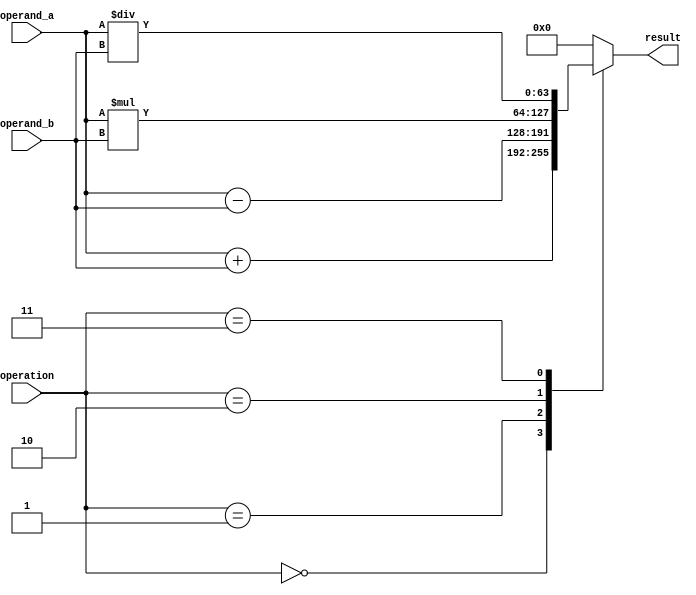
module arithmetic_block (
    input signed [63:0] operand_a,
    input signed [63:0] operand_b,
    input [2:0] operation,
    output reg signed [63:0] result
);

always @(*)
begin
    case(operation)
        3'b000: result = operand_a + operand_b; // Addition
        3'b001: result = operand_a - operand_b; // Subtraction
        3'b010: result = operand_a * operand_b; // Multiplication
        3'b011: result = operand_a / operand_b; // Division
        default: result = 64'h0; // Default case
    endcase
end

endmodule